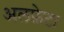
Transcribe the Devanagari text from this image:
अलफ़ेटा